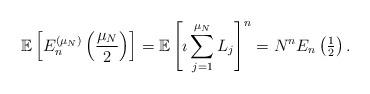
LaTeX: \begin{align*}\mathbb{E} \left[ E_{n}^{(\mu_{N})} \left( \frac{\mu_{N}}{2} \right) \right] = \mathbb{E} \left[ \imath \sum_{j=1}^{\mu_{N}} L_{j} \right]^{n} = N^{n} E_{n} \left( \tfrac{1}{2} \right).\end{align*}